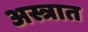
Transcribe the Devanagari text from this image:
अस्त्रात